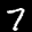
Label: 7